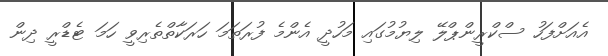
އެއަށްފަހު ސްކްރީންޕްލޭ ލިޔުމުގައި މަހުދީ އެންމެ ފުރަތަމަ ހަރަކާތްތެރިވީ ހަމަ ޓެޑްރީ ދިން